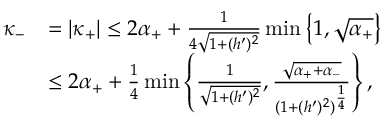
\begin{array} { r l } { \kappa _ { - } } & { = | \kappa _ { + } | \leq 2 \alpha _ { + } + \frac { 1 } { 4 \sqrt { 1 + ( h ^ { \prime } ) ^ { 2 } } } \operatorname* { m i n } \left\lbrace 1 , \sqrt { \alpha _ { + } } \right\rbrace } \\ & { \leq 2 \alpha _ { + } + \frac { 1 } { 4 } \operatorname* { m i n } \left\lbrace \frac { 1 } { \sqrt { 1 + ( h ^ { \prime } ) ^ { 2 } } } , \frac { \sqrt { \alpha _ { + } + \alpha _ { - } } } { ( 1 + ( h ^ { \prime } ) ^ { 2 } ) ^ { \frac { 1 } { 4 } } } \right\rbrace , } \end{array}